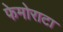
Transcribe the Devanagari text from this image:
फेमोराटा